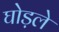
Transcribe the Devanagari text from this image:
घोड़ले